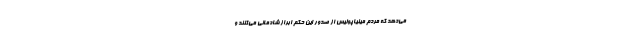
می‌دهد که مردم مینیاپولیس از صدور این حکم ابراز شادمانی می‌کنند و